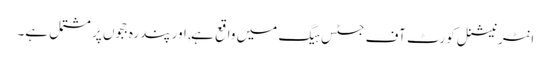
انٹرنیشنل کورٹ آف جسٹس ہیگ میں واقع ہے, اور پندرہ ججوں پر مشتمل ہے۔